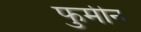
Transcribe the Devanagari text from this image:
फुमीन